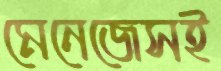
মেনেজেসই